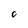
Character: o